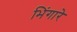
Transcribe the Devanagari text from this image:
भिंगारे